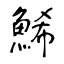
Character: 鯑